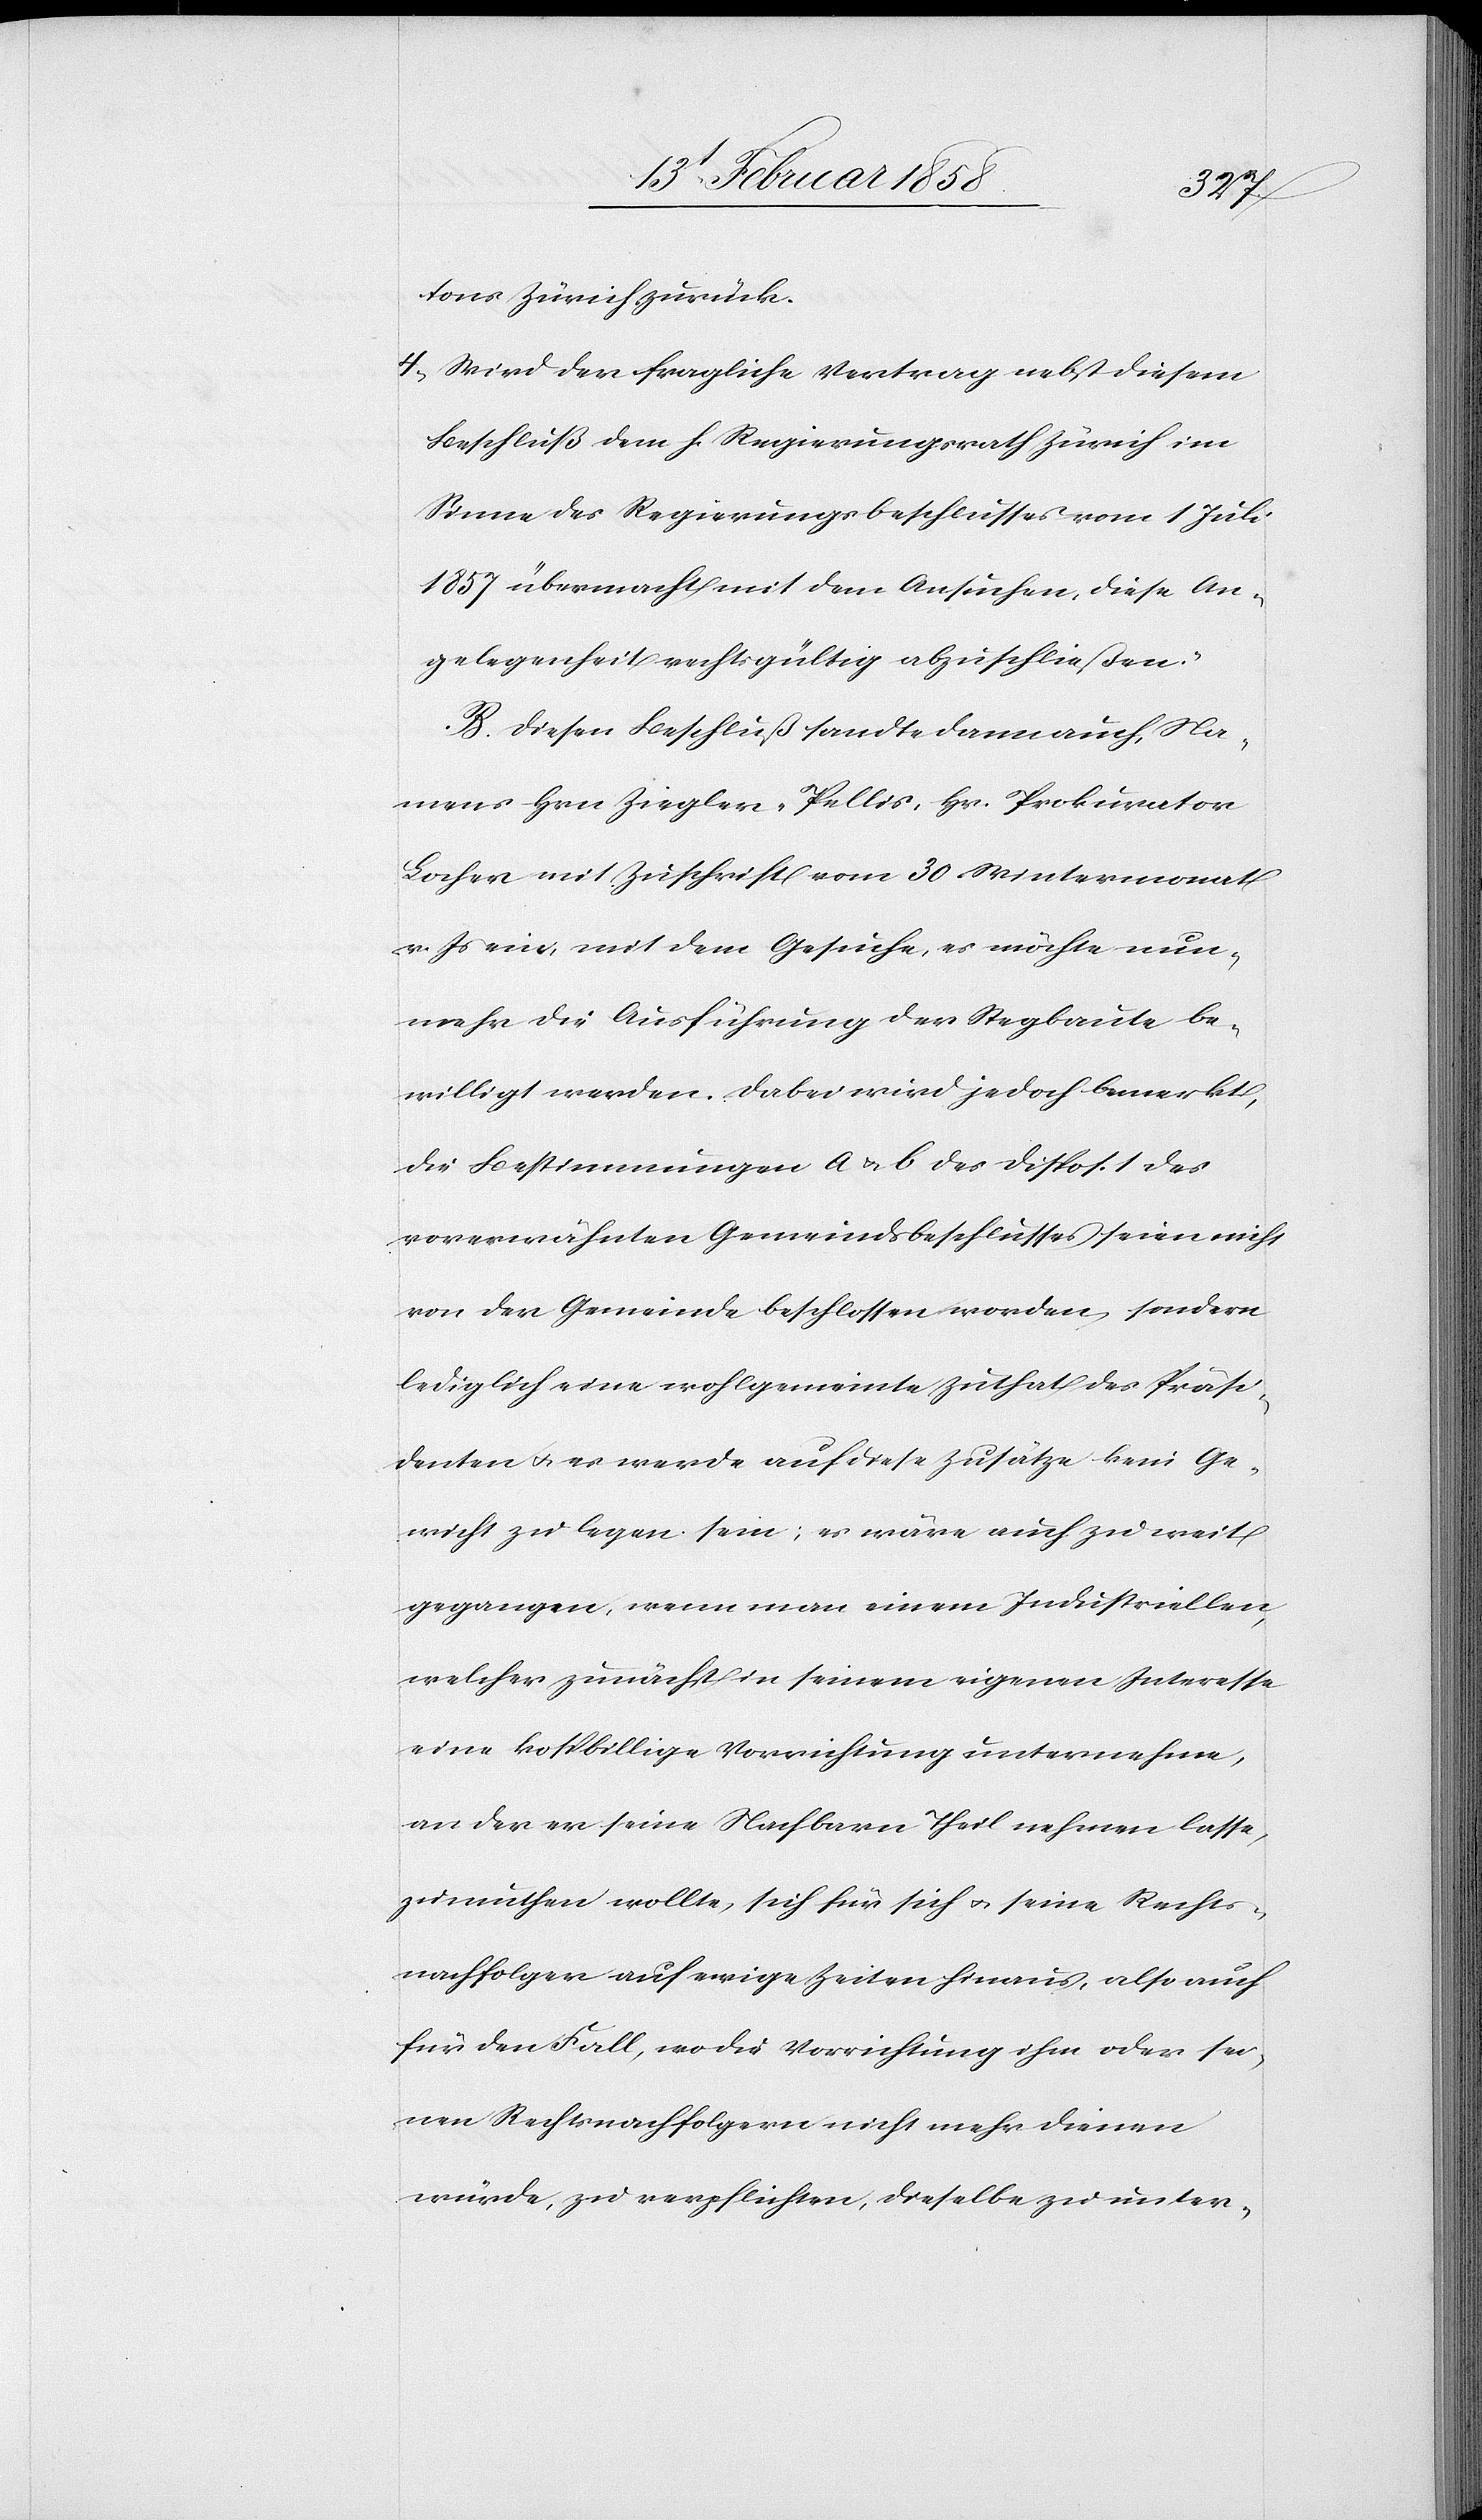
tons Zürich zurück.
4. Wird der fragliche Vertrag nebst diesem
Beschluß dem h. Regierungsrath Zürich im
Sinne des Regierungsbeschlusses vom 1 Juli
1857 übermacht mit dem Ansuchen, diese An¬
gelegenheit rechtsgültig abzuschließen.“
B. Diesen Beschluß sandte dann auch, Na¬
mens Hrn. Ziegler-Pellis, Hr. Prokurator
Locher mit Zuschrift vom 30 Wintermonat
v. Js ein, mit dem Gesuche, es möchte nun¬
mehr die Ausführung der Stegbaute be¬
willigt werden. Dabei wird jedoch bemerkt,
die Bestimmungen a & b des Dispos. 1 des
vorerwähnten Gemeindsbeschlusses seien nicht
von der Gemeinde beschlossen worden, sondern
lediglich eine wohlgemeinte Zuthat des Präsi¬
denten u. es werde auf diese Zusätze kein Ge¬
wicht zu legen sein; es wäre auch zu weit
gegangen, wenn man einem Industriellen,
welcher zunächst in seinem eigenen Interesse
eine kospbillige [sic!] Vorrichtung unternehme,
an der er seine Nachbarn Theil nehmen lasse,
zumuthen wollte, sich für sich u. seine Rechts¬
nachfolger auf ewige Zeiten hinaus, also auch
für den Fall, wo die Vorrichtung ihm oder sei¬
nen Rechtsnachfolgern nicht mehr dienen
würde, zu verpflichten, dieselbe zu unter-